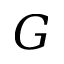
G